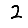
Digit: 2